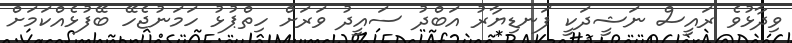
ވިދާޅުވެ ރައީސް ނަޝީދަކީ ފަނޑިޔާރު އަބްދު ސައީދު ވަރަށް ހިތްޕުޅު ހަމަނުޖެހޭ ބޭފުޅެއްކަމަށް